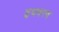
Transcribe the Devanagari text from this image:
इथवरच